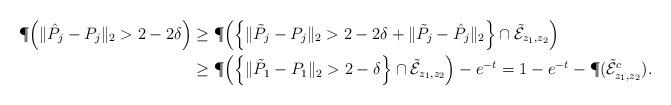
LaTeX: \begin{align*} \P\Big(\|\hat P_j- P_j\|_2>2-2\delta\Big) &\geq \P\Big(\Big\{\|\tilde P_j- P_j\|_2>2-2\delta+\|\tilde P_j- \hat P_j\|_2\Big\}\cap \tilde{\mathcal{E}}_{z_1,z_2}\Big)\\ & \geq \P\Big(\Big\{\|\tilde P_1- P_1\|_2>2-\delta\Big\}\cap \tilde{\mathcal{E}}_{z_1,z_2}\Big)-e^{-t}= 1-e^{-t}-\P(\tilde{\mathcal{E}}_{z_1,z_2}^c).\end{align*}